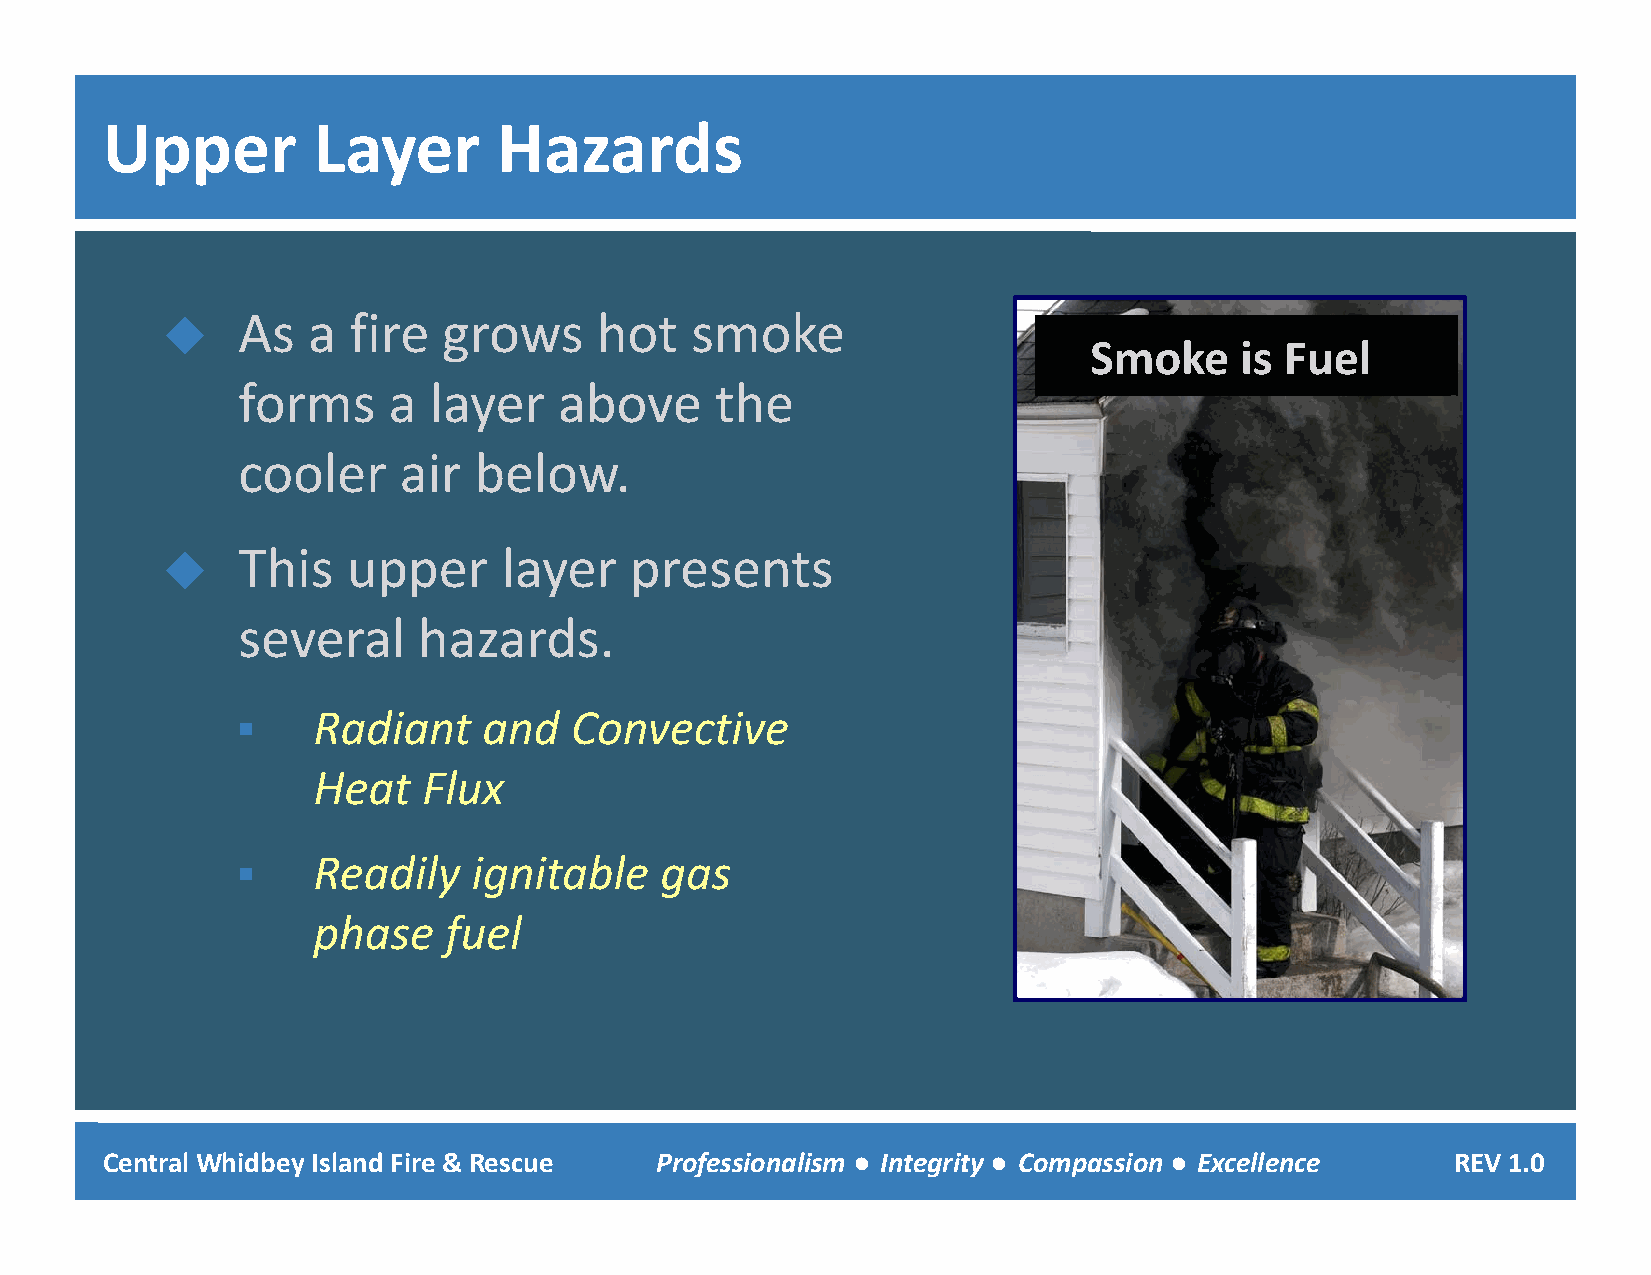
Upper         Layer       Hazards
 As  a  fire  grows     hot    smoke
 
 Smoke     is Fuel
 ffoorrmmss aa llaayyeerr aabboovvee tthhee
 cooler    air  below.
 TThhiis upper    llayer   presentts
 
 several     hazards.
     RRaddiiantt andd CConvecttiive
 Heat   Flux
    RReeaaddiillyy iiggnniittaabbllee ggaass
 phase   fuel
 Central Whidbey Island Fire & Rescue Professionalism ● Integrity ● Compassion ● Excellence REV 1.0